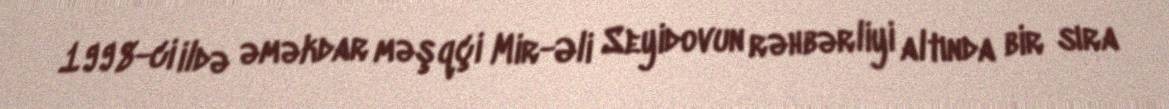
1998-ci ildə əməkdar məşqçi Mir-Əli Seyidovun rəhbərliyi altında bir sıra